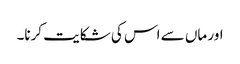
اور ماں سے اس کی شکایت کرنا۔